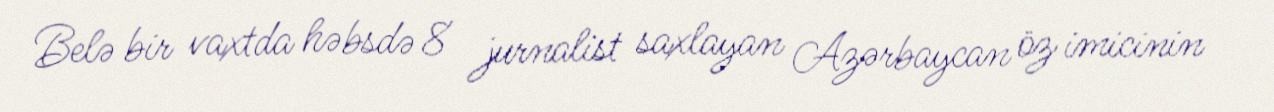
Belə bir vaxtda həbsdə 8 jurnalist saxlayan Azərbaycan öz imicinin